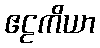
ဧဠကိယာ